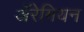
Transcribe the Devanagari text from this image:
अॅरेमियन